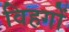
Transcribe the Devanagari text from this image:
विहगों